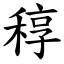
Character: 稕